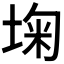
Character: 𰉺